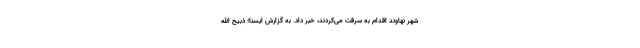
شهر نهاوند اقدام به سرقت می‌کردند، خبر داد. به گزارش ایسنا؛ ذبیح الله